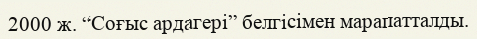
2000 ж. “Соғыс ардагері” белгісімен марапатталды.